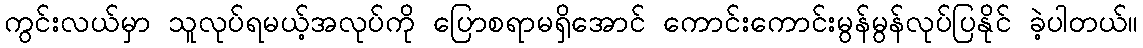
ကွင်းလယ်မှာ သူလုပ်ရမယ့်အလုပ်ကို ပြောစရာမရှိအောင် ကောင်းကောင်းမွန်မွန်လုပ်ပြနိုင် ခဲ့ပါတယ်။